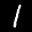
Label: 1